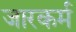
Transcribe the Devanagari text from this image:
जारकर्म